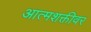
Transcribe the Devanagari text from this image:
आत्मशक्तीवर